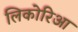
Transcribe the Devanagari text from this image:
लिकोरिआ